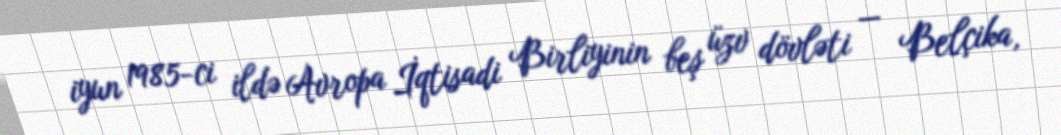
iyun 1985-ci ildə Avropa İqtisadi Birliyinin beş üzv dövləti — Belçika,